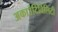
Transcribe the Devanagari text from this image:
अकाउंटिविलिटी